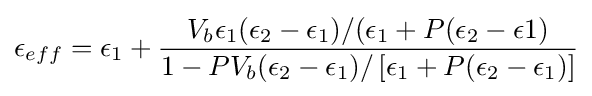
\epsilon _{eff}=\epsilon _{1}+{\frac {V_{b}\epsilon _{1}(\epsilon _{2}-\epsilon _{1})/(\epsilon _{1}+P(\epsilon _{2}-\epsilon 1)}{1-PV_{b}(\epsilon _{2}-\epsilon _{1})/\left[\epsilon _{1}+P(\epsilon _{2}-\epsilon _{1})\right]}}